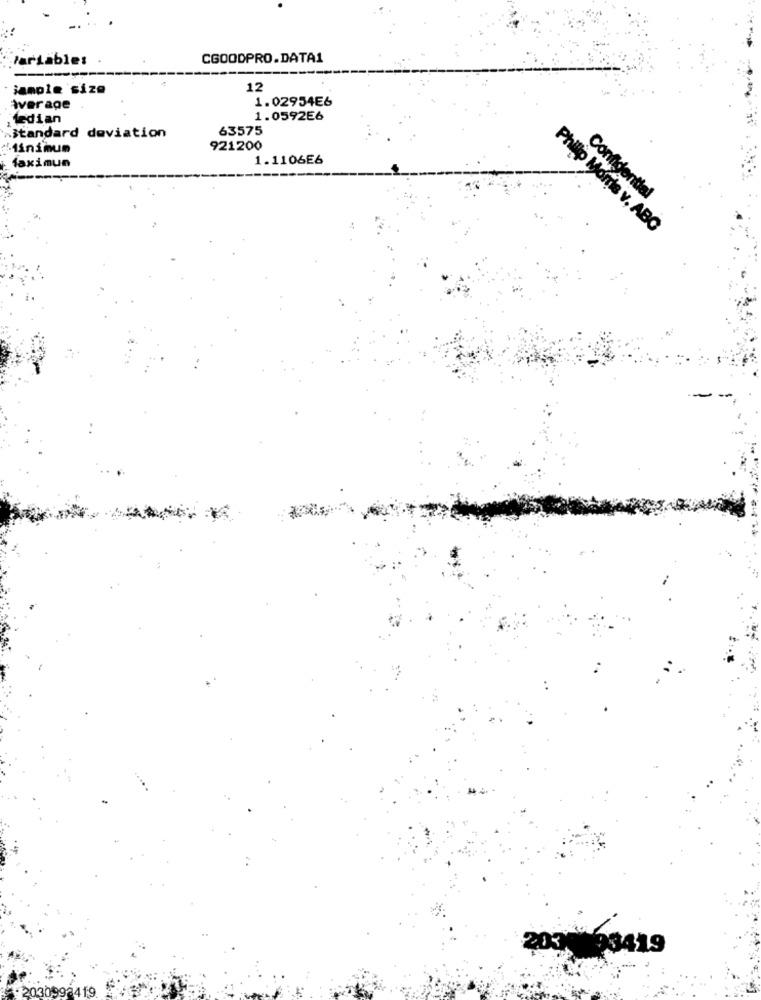
Variables
CGOODPRO.DATA1
sample size
12
1.02954E6
average
ledian
1.0592E6
63575
Standard deviation
lininun
921200
1.1106E6
faximun
Confidential
Philip Morris v, ABC
93419
2030
92419.